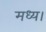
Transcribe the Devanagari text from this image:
मध्य।